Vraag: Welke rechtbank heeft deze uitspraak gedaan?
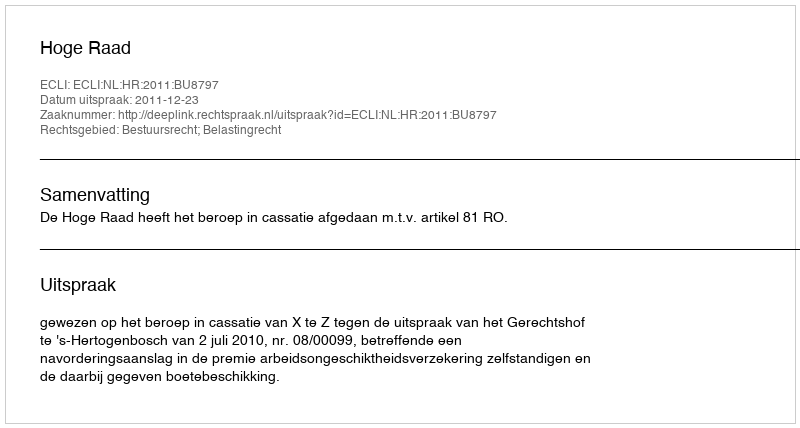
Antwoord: Hoge Raad